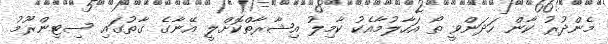
މެންދުރު ކާން ހަދަންވީ ތޯ އަހާލުމާއެކު ކާމިލު އިޝާރާތްކޮށްލީ އޭނާގެ ގާތުގައި ސިޓިންރޫމު